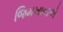
જિમખાનાએ